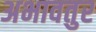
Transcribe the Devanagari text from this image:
अभावतुर